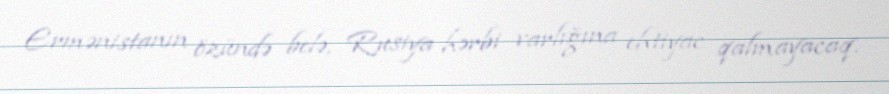
Ermənistanın özündə belə, Rusiya hərbi varlığına ehtiyac qalmayacaq.